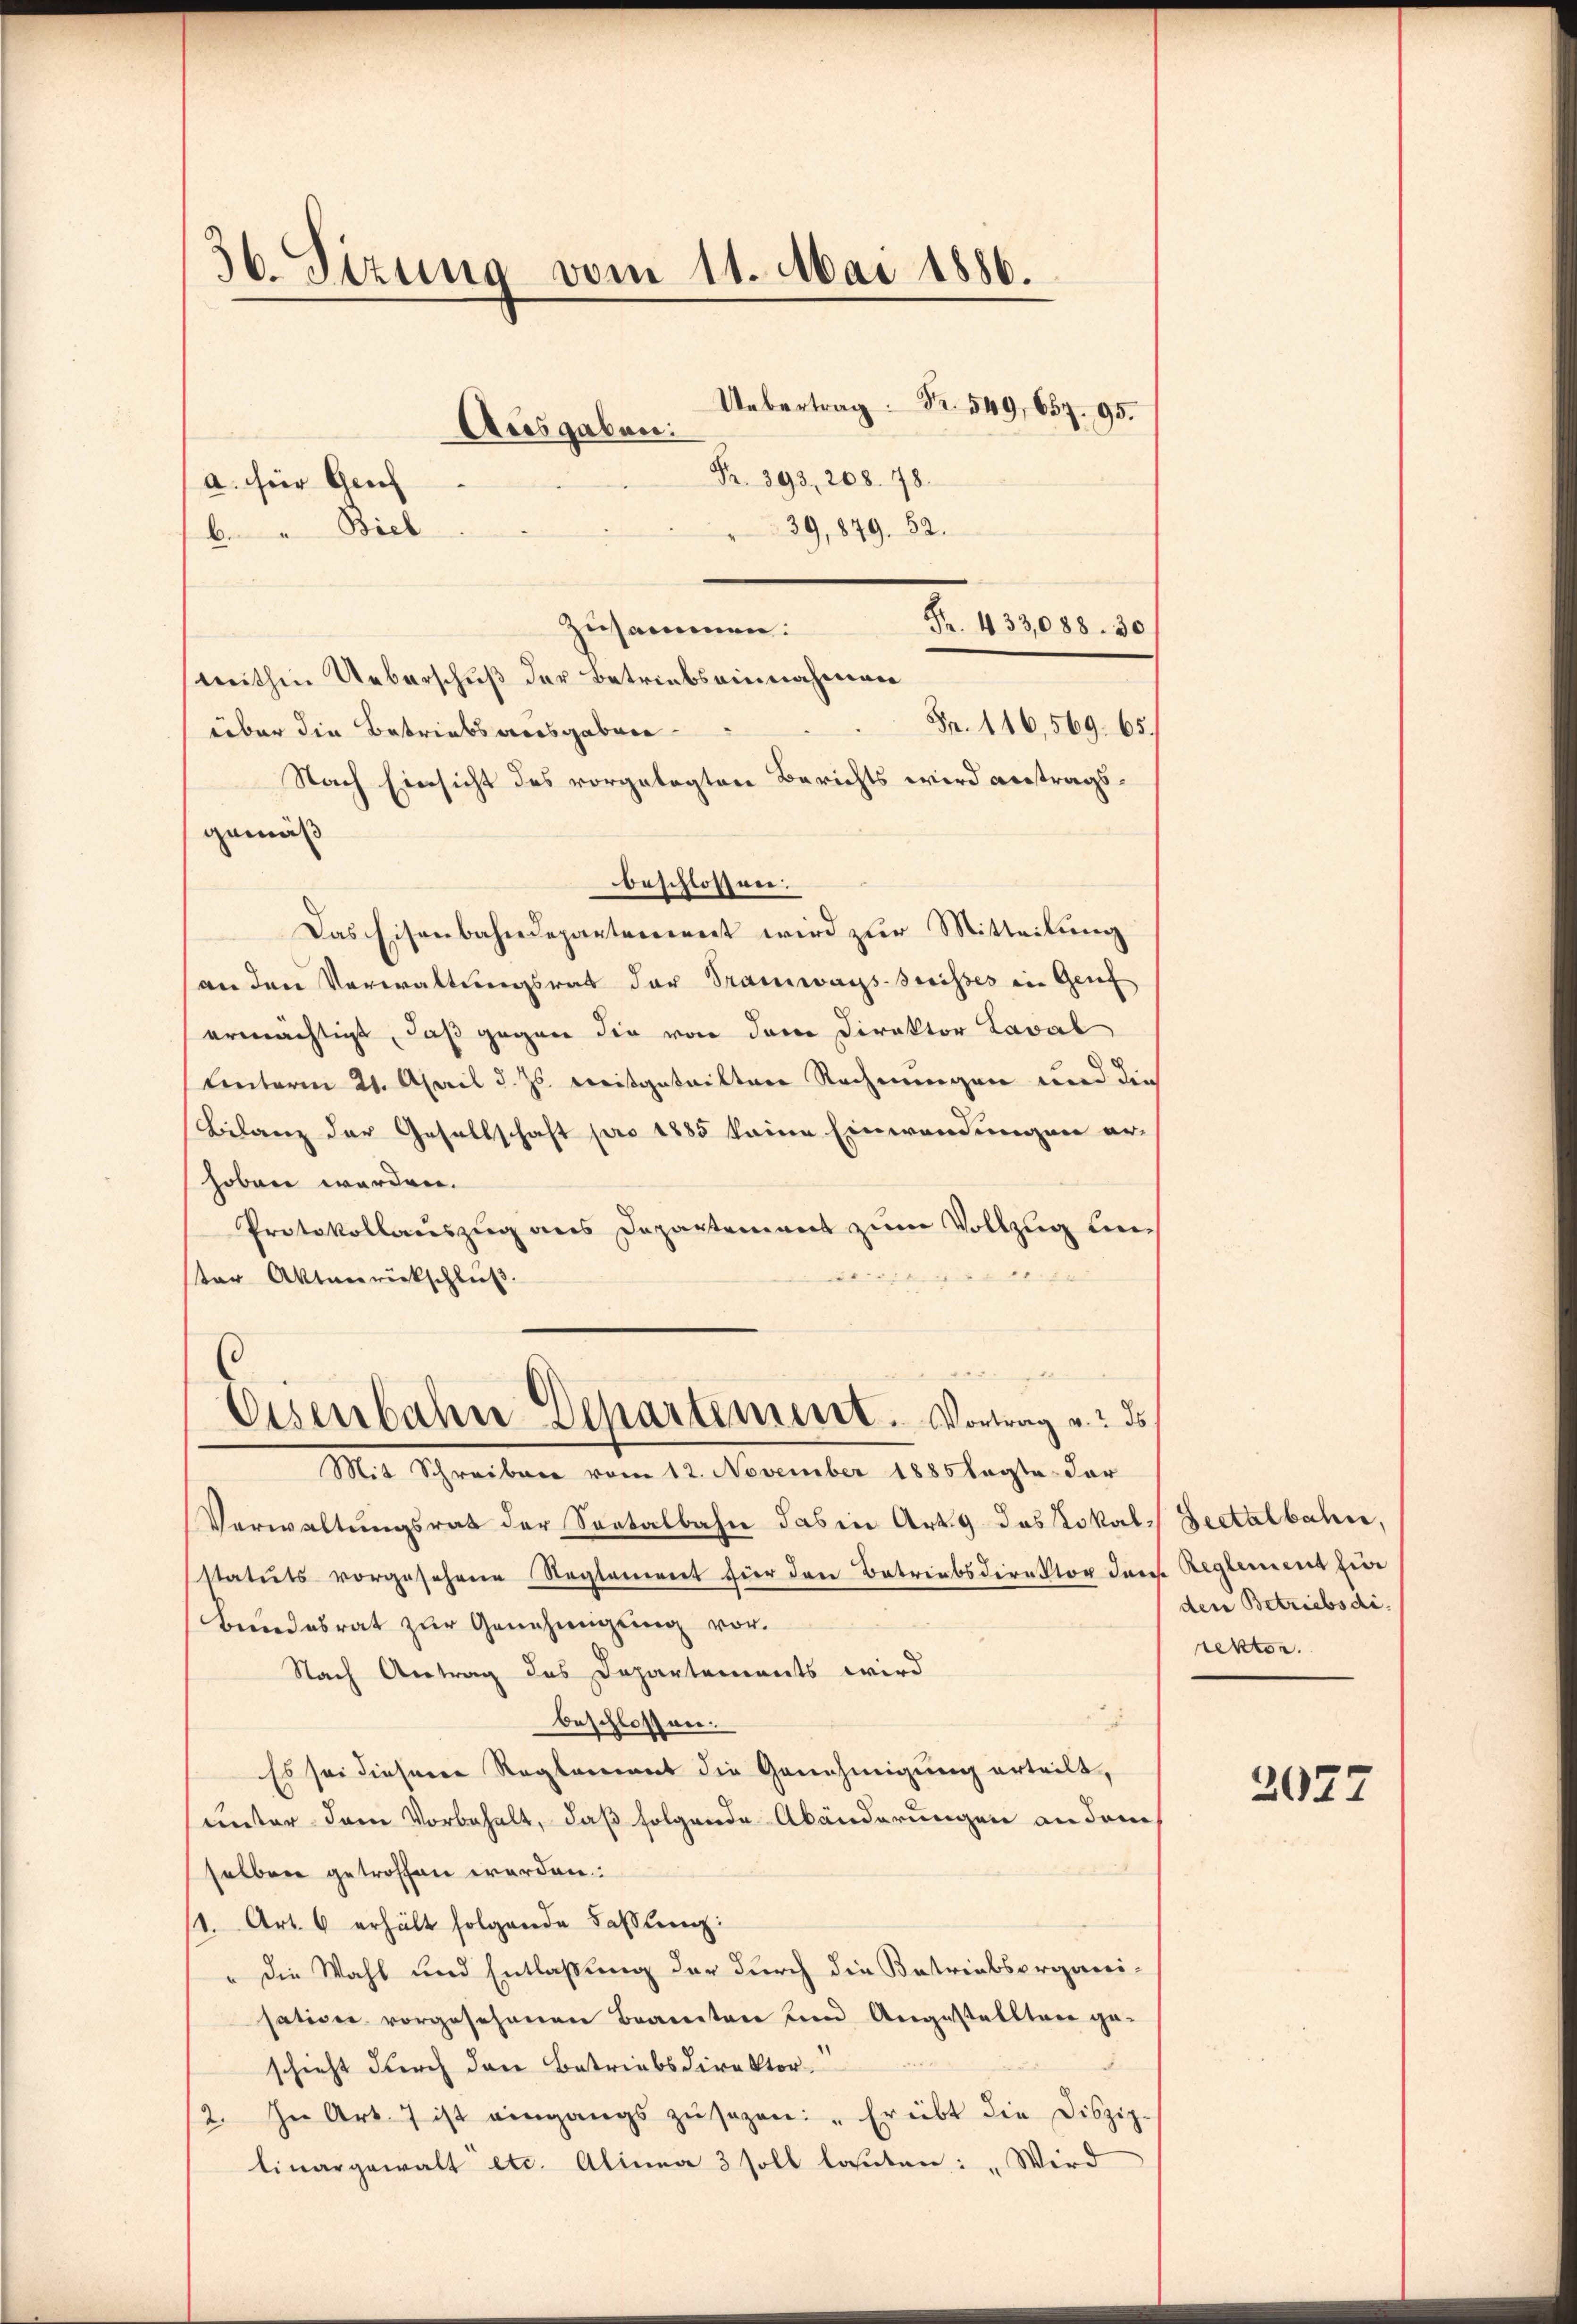
36. Sizung vom 11. Mai 1886.
Uebertrag Fr. 549, 657. 95.
Fr. 393, 208. 78.
a. für Genf
39, 849. 82.
." Biel
Fr. 433,088. 30
zusammen.
mithin Ueberschuß der Betriebseinnahmen

Fr. 116,569. 65.
über die Betriebsausgaben
Nach Einsicht des vorgelegten Berichts wird antragsgemäß
beschlossen:
Das Eisenbahndepartement wird zur Mitteilung
an den Verwaltungsrat der Tramwags-Preisses in Genf
ermächtigt, daß gegen die von dem Direktor Laval
Lnterm 21. April d. Js. Kreisgeteilten Rechnungen und die
Bilanz der Gesellschaft pro 1885 keine Einwandungen erhoben werden.
Protokollauszug aus Departement zum Vollzug un
d
ter Aktenrückschluß.
2
Eisenbahn Departement. Vortrag v. ds.

Ausgaben:

Mit Schreiben vom 12. November 1885 sagte der

Verwaltungsrat der Sontalbahn das in Art. 9 das Lokal-Dectalbahn,
statuts vorgesehene Steplaniert für den Betriebsdirektor der Reglement für
Bundesrat zur Genehmigung vor.
Nach Antrag des Departements wird
beschlossen.
Es sei dieser Reglement die Genehmigung erteilt,
unter dem Vorbehalt, daß folgende Abänderungen an dem
selben getroffen werden.
/1. Art. 6 erhält folgende Faßlung:
" die Wahl und Entlaßung der durch die Betriebsorganisation vorgesehenen Brauten und Angestelltene ge-
d
schieht durch den Betriebsdirektor.
/2. In Art. 7 ist eingangs zusagen: "Erübt die Diszip-
linargewalt etc. Alinea 3 soll lauten: „Wird

den Betriebsdi.
rektor.

2077